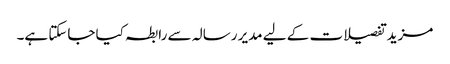
مزید تفصیلات کے لیے مدیر رسالہ سے رابطہ کیا جاسکتا ہے۔